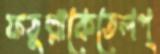
ফতুল্লাকেতেলপ্